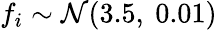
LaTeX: f_{i}\sim{\cal N}(3.5,\ 0.01)